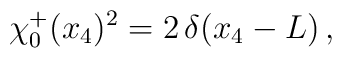
\chi_0^+(x_4)^2=2\,\delta(x_4-L)\,,